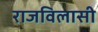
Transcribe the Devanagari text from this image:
राजविलासी